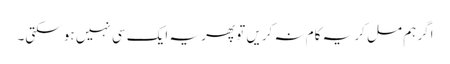
اگر ہم مل کر یہ کام نہ کریں تو پھر یہ ایک سی نہیں ہو سکتی۔